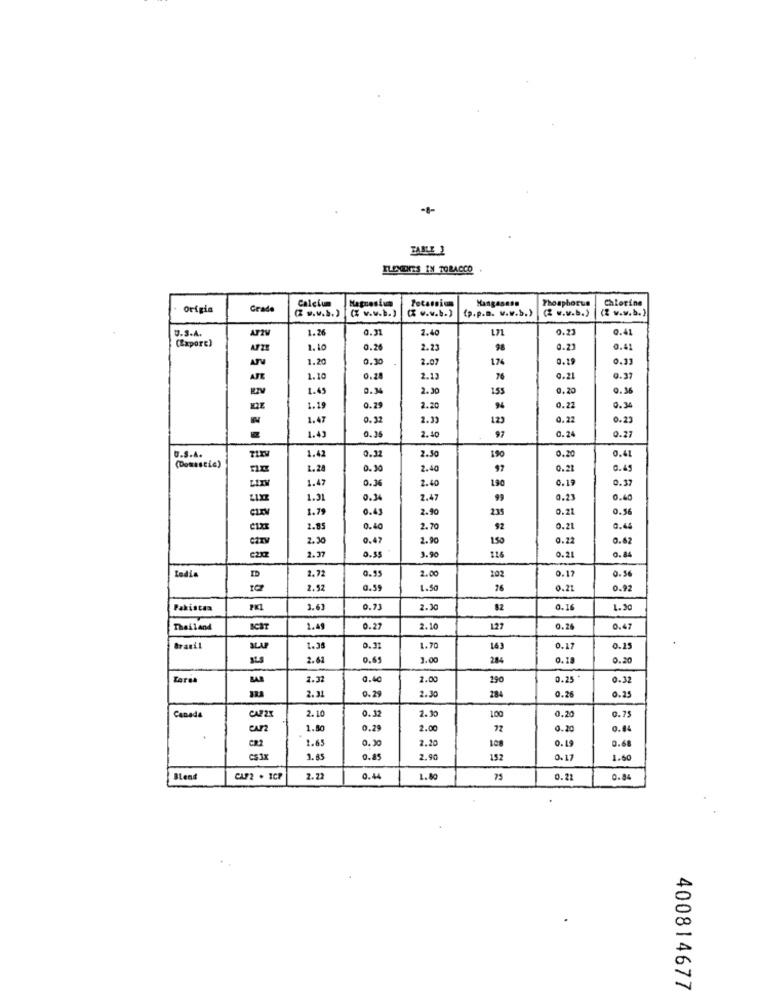
--
TABLE 1
ILINODRES IN TOBACCO
Calcium
Manganese
Phosphorus
Chlorine
origin
Grade
(2 g.w.b.)
Magnesium
( w.w.b.)
( .. v.b.)
(p.p.a. w.w.b.)
(2 .. v.b.)
(2 w.w.b.)
U.S.A.
1.26
0.31
1.40
L71
0.23
0.41
(Export)
1.10
0.26
2.23
98
0.23
0.41
ATV
1.20
0.30
2.07
1.76
0.19
0.33
AFE
1.10
0.28
2.13
76
0.21
0.37
1.45
0.34
2.30
155
0.20
0.36
1.19
0.25
2.20
0.22
0.34
1.47
0.32
2.33
123
0.22
0.23
1.43
0.35
2.40
0.24
97
0.27
0.32
2.50
150
0.20
0.41
U.S.A.
1.42
(Domestic)
1.28
0.30
2.40
97
0.21
0.45
LITY
1.47
0.36
2.40
130
0.19
0.37
LIXE
1.31
0.34
2.47
99
0.23
0.40
1.79
0.43
2.90
235
0.21
0.56
2.85
0.40
2.70
92
0.21
0.44
2.30
0.47
2.90
150
0.22
0.62
C2X7
3.90
2.37
0.55
126
0.21
0.84
2.00
0.17
Ladia
2.72
0.55
102
0.56
2.52
0.59
26
0.21
0.92
Pakistan
PK1
3.63
0.73
2.30
82
0.16
1. 30
Thailand
BCST
1.49
0.27
2.10
127
0.26
0.47
Brasil
1.38
0.31
1.70
163
0.17
0.25
2.61
0.61
3.00
284
0.18
0.20
Tarea
BAR
1.31
0.40
1.00
290
0.25
0.32
284
2.31
0.29
2.30
0.26
0.25
0.32
1.00
0.75
Canada
CAP2X
2.10
2.30
0.20
Can
1.80
0.29
2.00
72
0.20
0.44
CR2
1.65
0.30
2.20
0.19
0.68
108
CSIx
1.85
0.85
2.90
152
0.17
1.60
Blend
CAF2 . ICP
2.22
0.44
1.80
75
0.22
0.84
400814677